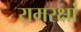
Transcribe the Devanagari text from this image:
रामरक्षां